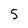
Character: 5